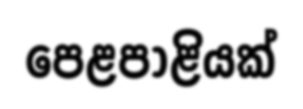
පෙළපාළියක්